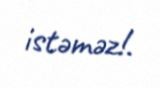
istəməz!.